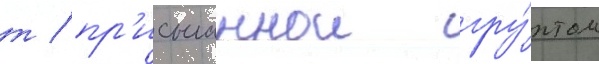
т / пр'исыпаннои гру́нтом